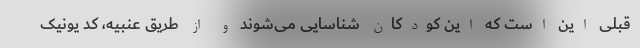
قبلی این است که این کودکان شناسایی می‌شوند و از طریق عنبیه، کد یونیک